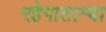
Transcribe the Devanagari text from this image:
रहेगाताम्बा